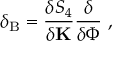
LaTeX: \delta _ { \mathrm { B } } = \frac { \delta S _ { 4 } } { \delta { \bf K } } \frac { \delta } { \delta \Phi } \ ,